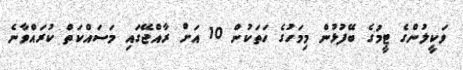
ވަކީލުންގެ ޓީމުގެ ބޭފުޅުން މިމަހުގެ ހަތަކުން 10 އަށް ރާއްޖޭގައި މަސައްކަތް ކުރައްވާނެ